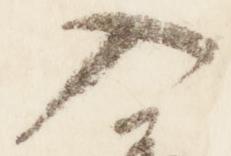
入